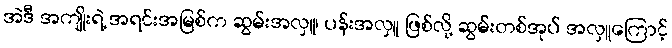
အဲဒီ အကျိုးရဲ့ အရင်းအမြစ်က ဆွမ်းအလှူ၊ ပန်းအလှူ ဖြစ်လို့ ဆွမ်းတစ်အုပ် အလှူကြောင့်